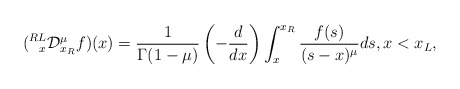
\begin{align*}(\prescript{RL}{x}{\mathcal{D}}_{x_R}^{\mu}f)(x)=\frac{1}{\Gamma(1-\mu)}\left(-\frac{d}{dx}\right)\int_{x}^{x_R}\frac{f(s)}{(s-x)^{\mu}}ds,x<x_L,\end{align*}